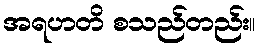
အရဟတိ စသည်တည်း။